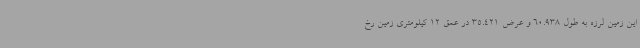
این زمین لرزه به طول 60.938 و عرض 35.421 در عمق 12 کیلومتری زمین رخ